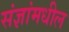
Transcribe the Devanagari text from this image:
संज्ञांमधील